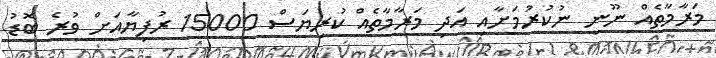
މަރާމާތެއް ނޫނީ ނުކުރުމަށާއި އަދި މަރާމާތެއް ކުރިޔަސް 15000 ރުފިޔާއަށް ވުރެ ބޮޑު